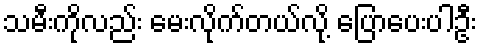
သမီးကိုလည်း မေးလိုက်တယ်လို့ ပြောပေးပါဦး